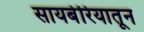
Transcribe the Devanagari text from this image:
सायबेरियातून